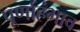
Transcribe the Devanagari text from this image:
पूर्णाहंभाव